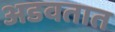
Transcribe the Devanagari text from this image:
अडवतात